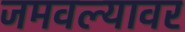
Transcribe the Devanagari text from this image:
जमवल्यावर